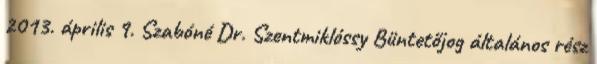
2013. április 9. Szabóné Dr. Szentmiklóssy Büntetőjog általános rész